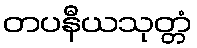
တပနီယသုတ္တံ